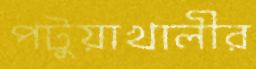
পটুয়াখালীর